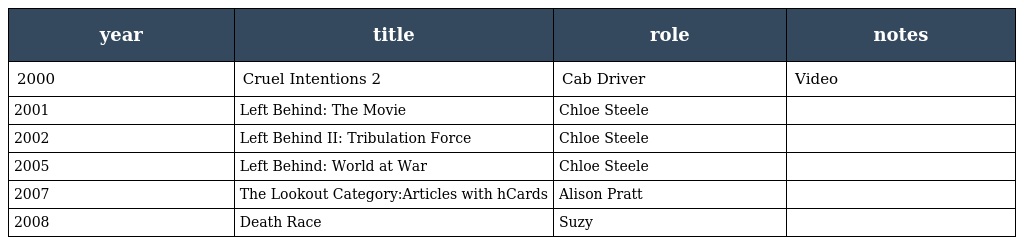
| year | title | role | notes |
 | --- | --- | --- | --- |
 | 2000 | Cruel Intentions 2 | Cab Driver | Video |
 | 2001 | Left Behind: The Movie | Chloe Steele |  |
 | 2002 | Left Behind II: Tribulation Force | Chloe Steele |  |
 | 2005 | Left Behind: World at War | Chloe Steele |  |
 | 2007 | The Lookout Category:Articles with hCards | Alison Pratt |  |
 | 2008 | Death Race | Suzy |  |